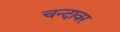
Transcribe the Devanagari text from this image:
चन्दावर